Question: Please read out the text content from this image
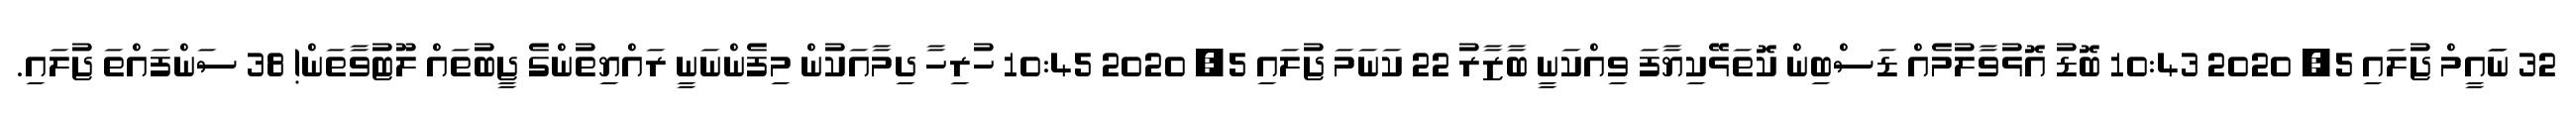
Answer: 32 ނަައީމް ޖުލައި 5, 2020 10:43 ބޮޑު އޮޅުވާލުމެއް ޑަސްބިން ކޮތަޅޭކިޔާފަ ވިއްކަނީ ބާޒާރު 22 ކަނަމަ ޖުލައި 5, 2020 10:45 ހުރިހާ ދިމާއަކުން މިފެންނަނީ ރައްޔިތުންގެ ޖީބުތައް ލޫޓުވާތަން! 38 ސަންފައްތަ ޖުލައި.